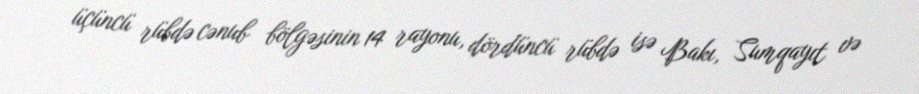
üçüncü rübdə cənub bölgəsinin 14 rayonu, dördüncü rübdə isə Bakı, Sumqayıt və